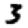
Digit: 3